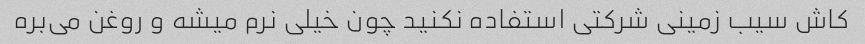
کاش سیب زمینی شرکتی استفاده نکنید چون خیلی نرم میشه و روغن می‌بره